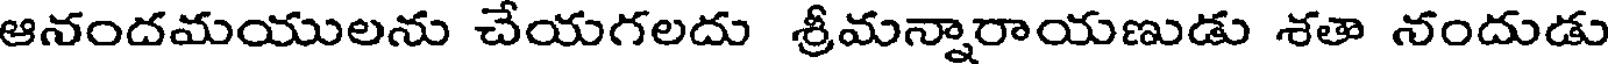
ఆనందమయులను చేయగలదు శ్రీమన్నారాయణుడు శతా నందుడు